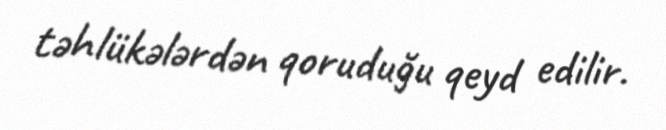
təhlükələrdən qoruduğu qeyd edilir.